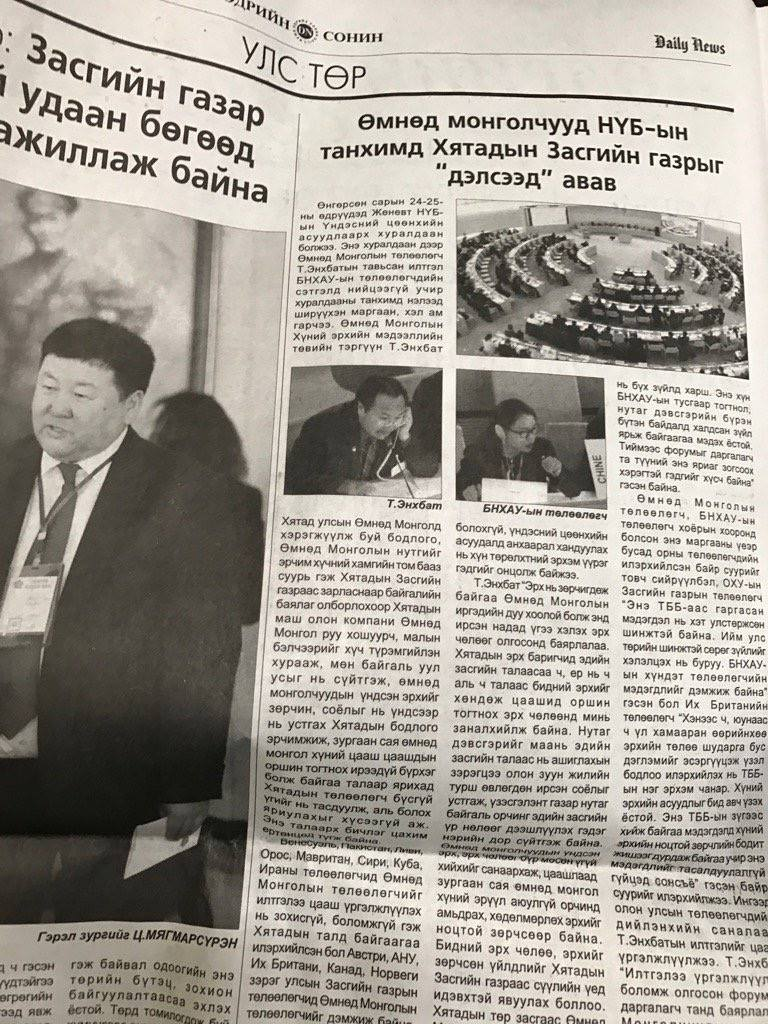
Language: mn